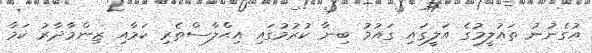
އުގެނުނު ތައުލީމުގެ އަލީގައި ގައުމު ބިނާ ކުރުމުގައި އިޙްލާސްތެރި ކަމާއި ޒިންމާދާރު ކަމާ